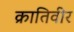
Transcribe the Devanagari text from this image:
क्रातिवीर